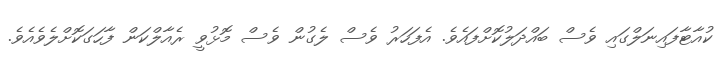
ކުއާޓާފައިނަލްގައި ވެސް ބައްދަލުކޮށްފައެވެ. އެފަހަރު ވެސް ލެގުން ވެސް މޮޅުވީ ރެއާލްކަން ފާހަގަކޮށްލެވެއެވެ.